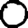
Digit: 0